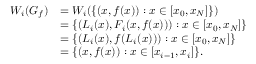
\begin{array} { r l } { W _ { i } ( G _ { f } ) } & { = W _ { i } ( \{ ( x , f ( x ) ) : x \in [ x _ { 0 } , x _ { N } ] \} ) } \\ & { = \{ ( L _ { i } ( x ) , F _ { i } ( x , f ( x ) ) ) : x \in [ x _ { 0 } , x _ { N } ] \} } \\ & { = \{ ( L _ { i } ( x ) , f ( L _ { i } ( x ) ) ) : x \in [ x _ { 0 } , x _ { N } ] \} } \\ & { = \{ ( x , f ( x ) ) : x \in [ x _ { i - 1 } , x _ { i } ] \} . } \end{array}